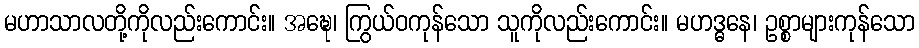
မဟာသာလတို့ကိုလည်းကောင်း။ အဍ္ဎေ၊ ကြွယ်ဝကုန်သော သူကိုလည်းကောင်း။ မဟဒ္ဓနေ၊ ဥစ္စာများကုန်သော